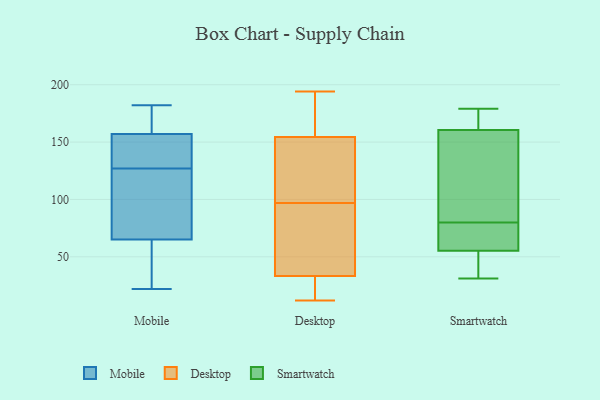
{"axis": {"x": "Headcount", "y": "Value"}, "legend": ["Desktop", "Mobile", "Smartwatch"], "data": [{"x": "", "y": 157, "type": "Mobile"}, {"x": "", "y": 133, "type": "Mobile"}, {"x": "", "y": 48, "type": "Mobile"}, {"x": "", "y": 165, "type": "Mobile"}, {"x": "", "y": 116, "type": "Mobile"}, {"x": "", "y": 136, "type": "Mobile"}, {"x": "", "y": 22, "type": "Mobile"}, {"x": "", "y": 65, "type": "Mobile"}, {"x": "", "y": 40, "type": "Mobile"}, {"x": "", "y": 148, "type": "Mobile"}, {"x": "", "y": 182, "type": "Mobile"}, {"x": "", "y": 180, "type": "Mobile"}, {"x": "", "y": 121, "type": "Mobile"}, {"x": "", "y": 101, "type": "Mobile"}, {"x": "", "y": 141, "type": "Desktop"}, {"x": "", "y": 12, "type": "Desktop"}, {"x": "", "y": 194, "type": "Desktop"}, {"x": "", "y": 72, "type": "Desktop"}, {"x": "", "y": 103, "type": "Desktop"}, {"x": "", "y": 159, "type": "Desktop"}, {"x": "", "y": 22, "type": "Desktop"}, {"x": "", "y": 14, "type": "Desktop"}, {"x": "", "y": 131, "type": "Desktop"}, {"x": "", "y": 46, "type": "Desktop"}, {"x": "", "y": 97, "type": "Desktop"}, {"x": "", "y": 29, "type": "Desktop"}, {"x": "", "y": 84, "type": "Desktop"}, {"x": "", "y": 100, "type": "Desktop"}, {"x": "", "y": 89, "type": "Desktop"}, {"x": "", "y": 178, "type": "Desktop"}, {"x": "", "y": 23, "type": "Desktop"}, {"x": "", "y": 177, "type": "Desktop"}, {"x": "", "y": 176, "type": "Desktop"}, {"x": "", "y": 35, "type": "Smartwatch"}, {"x": "", "y": 55, "type": "Smartwatch"}, {"x": "", "y": 79, "type": "Smartwatch"}, {"x": "", "y": 31, "type": "Smartwatch"}, {"x": "", "y": 80, "type": "Smartwatch"}, {"x": "", "y": 98, "type": "Smartwatch"}, {"x": "", "y": 162, "type": "Smartwatch"}, {"x": "", "y": 156, "type": "Smartwatch"}, {"x": "", "y": 179, "type": "Smartwatch"}, {"x": "", "y": 56, "type": "Smartwatch"}, {"x": "", "y": 170, "type": "Smartwatch"}]}